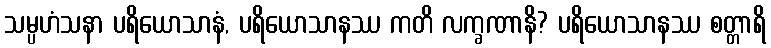
သမ္ပဟံသနာ ပရိယောသာနံ, ပရိယောသာနဿ ကတိ လက္ခဏာနိ? ပရိယောသာနဿ စတ္တာရိ